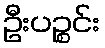
ဦးပဉ္စင်း